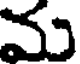
మ